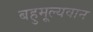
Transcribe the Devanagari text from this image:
बहुमूल्यवान